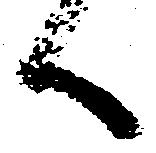
候